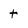
Character: t